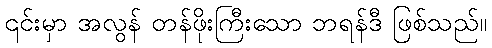
၎င်းမှာ အလွန် တန်ဖိုးကြီးသော ဘရန်ဒီ ဖြစ်သည်။